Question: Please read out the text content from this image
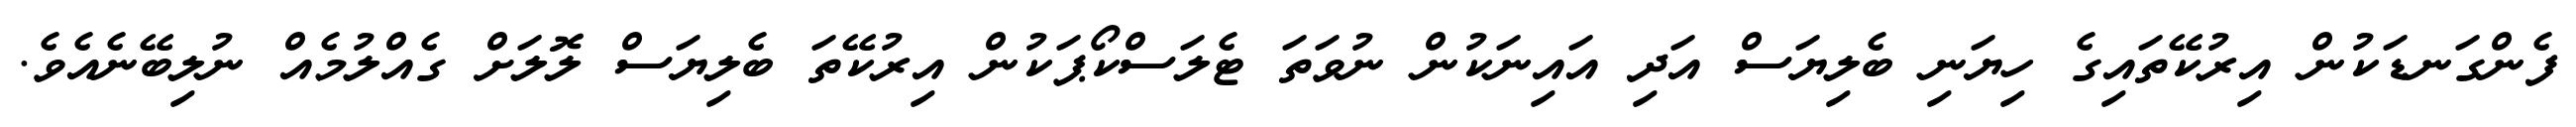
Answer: ފެންގަނޑަކުން އިރުކޭތައިގެ ހިޔަނި ބެލިޔަސް އަދި އައިނަކުން ނުވަތަ ޓެލަސްކޯޕަކުން އިރުކޭތަ ބެލިޔަސް ލޮލަށް ގެއްލުމެއް ނުލިބޭނެއެވެ.